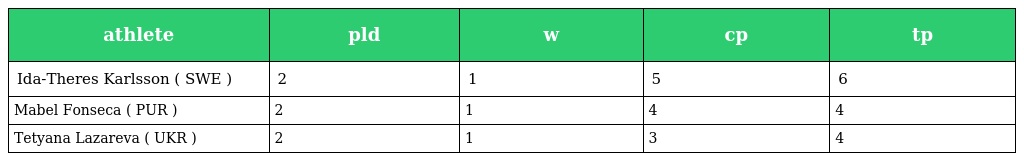
| athlete | pld | w | cp | tp |
 | --- | --- | --- | --- | --- |
 | Ida-Theres Karlsson ( SWE ) | 2 | 1 | 5 | 6 |
 | Mabel Fonseca ( PUR ) | 2 | 1 | 4 | 4 |
 | Tetyana Lazareva ( UKR ) | 2 | 1 | 3 | 4 |